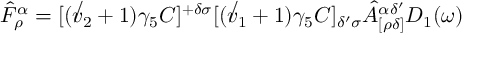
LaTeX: \hat { F } _ { \rho } ^ { \alpha } = [ ( \not v _ { 2 } + 1 ) \gamma _ { 5 } C ] ^ { + \delta \sigma } [ ( \not v _ { 1 } + 1 ) \gamma _ { 5 } C ] _ { \delta ^ { \prime } \sigma } \hat { A } _ { [ \rho \delta ] } ^ { \alpha \delta ^ { \prime } } D _ { 1 } ( \omega )